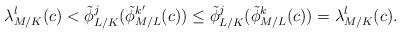
LaTeX: \begin{align*} \lambda_{M/K}^l(c)<\tilde{\phi}_{L/K}^j(\tilde{\phi}_{M/L}^{k'}(c))\le\tilde{\phi}_{L/K}^j(\tilde{\phi}_{M/L}^k(c))=\lambda_{M/K}^l(c).\end{align*}